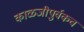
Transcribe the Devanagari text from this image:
काळजीपुर्वकच